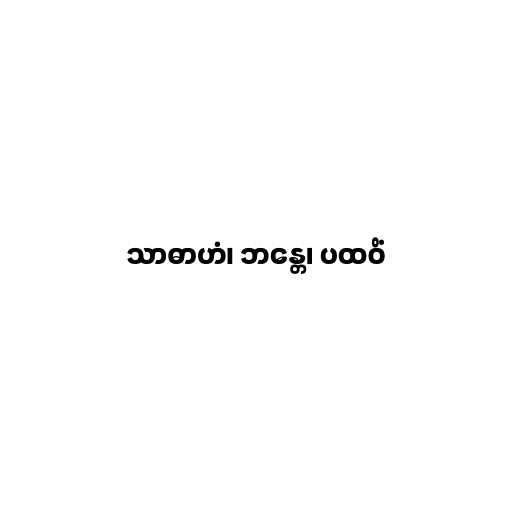
သာဓာဟံ၊ ဘန္တေ၊ ပထဝိံ